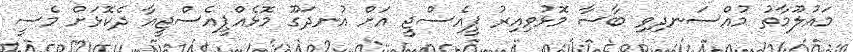
މައުލޫމާތު މުއްސަނދިވި ބާސާ މޮޅުވިއިރު ޕީއެސްޖީ އަށް އުނދަގޫ މޮޅެއްޕީއެސްޖީއާ ދެކޮޅަށް މެސީ